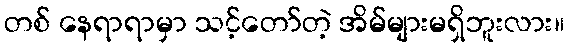
တစ် နေရာရာမှာ သင့်တော်တဲ့ အိမ်များမရှိဘူးလား။